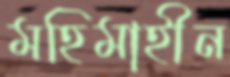
মহিমাহীন